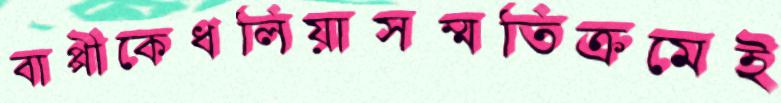
বাপ্পীকেধলিয়াসম্মতিক্রমেই